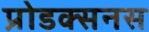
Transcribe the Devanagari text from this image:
प्रोडक्सनस